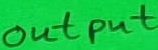
Text: output